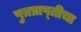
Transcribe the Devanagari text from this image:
पुत्रप्राप्‍तीचा